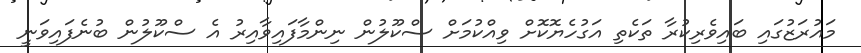
މައުރަޒުގައި ބައިވެރިކުރާ ތަކެތި އަގުހެޔޮކޮށް ވިއްކުމަށް ސްކޫލުން ނިންމާފައިވާއިރު އެ ސްކޫލުން ބުނެފައިވަނީ